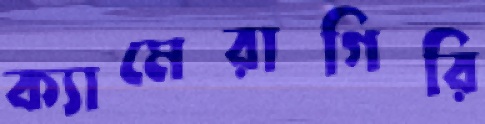
ক্যামেরাগিরি